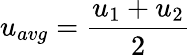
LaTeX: u_{avg}=\frac{u_{1}+u_{2}}{2}